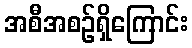
အစီအစဉ်ရှိကြောင်း